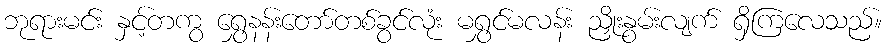
ဘုရားမင်း နှင့်တကွ ရွှေနန်းတော်တစ်ခွင်လုံး မရွှင်မလန်း ညှိုးနွမ်းလျက် ရှိကြလေသည်။